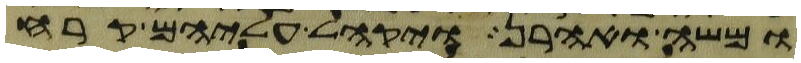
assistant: ומשה ואהרן ויקהל עליהם קרח